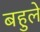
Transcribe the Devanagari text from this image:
बहुले